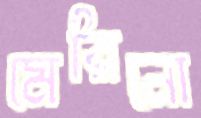
মেরিনো